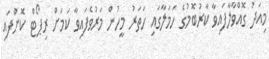
މިއަދު ގޮއްވާލާފައިވާ ކާރުބޮމުގެ ހަމަލާގައި ހަތަރު މީހުން މަރުވެފައިވާ ކަމަށް ރިޕޯޓް ކޮށްފައި